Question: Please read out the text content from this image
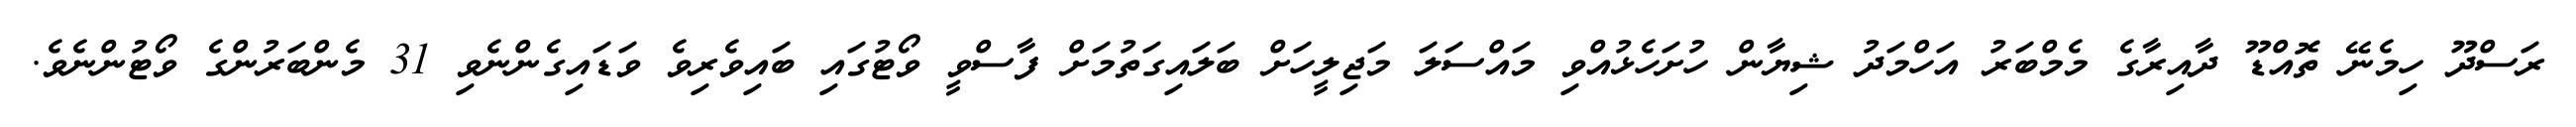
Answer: ރަސްދޫ ހިމެނޭ ތޮއްޑޫ ދާއިރާގެ މެމްބަރު އަހްމަދު ޝިޔާން ހުށަހެޅުއްވި މައްސަލަ މަޖިލީހަށް ބަލައިގަތުމަށް ފާސްވީ ވޯޓުގައި ބައިވެރިވެ ވަޑައިގެންނެވި 31 މެންބަރުންގެ ވޯޓުންނެވެ.